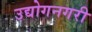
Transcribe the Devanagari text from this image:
उद्योगनगरी